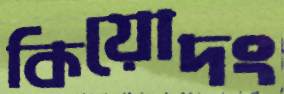
কিয়োদং